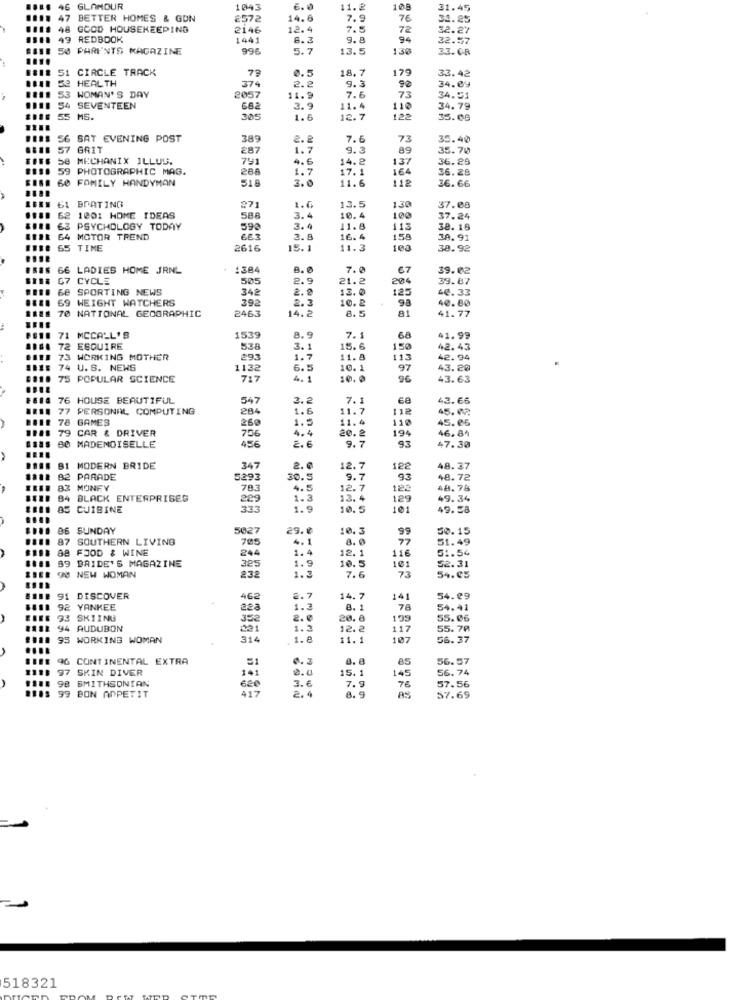
46
GLAMOUR
1043
6.0
11.2
108
31.45
47 BETTER HOMES & GON
£572
14.6
7.9
76
34.25
48 GOOD HOUSEKEEPING
2146
12.4
7.
72
32.27
49 REDBOOK
1441
6.3
9.8
94
32.57
50 PARENTS MAGAZINE
996
5.7
13.5
130
33. C.R
51 CIRCLE TRACK
79
18.7
179
33.42
53 HEALTH
374
0.5
34.09
53 WOMAN'S DAY
2057
2.2
9.3
90
11.9
7.6
73
34.51
54 SEVENTEEN
682
3.9
11.4
110
34.79
55 MS.
305
1.6
12.7
1.22
35.09
56 SAT EVENING POST
389
2.2
7.6
73
35.40
57 GRIT
287
1.
9.3
89
35.70
58
MECHANIX ILLUS.
791
14.2
137
36.25
59 PHOTOGRAPHIC MAG.
288
4.6
1.7
17.1
164
36.28
60 FOMILY HANDYMAN
518
3.0
11.6
112
36.66
61 BDATING
271
1.6
13.5
130
37.08
62 1001 HOME IDEAS
3.
10. 4
100
37.24
63 PSYCHOLOGY TODAY
590
3.4
11.8
113
38. 15
64 MOTOR TREND
663
3. 8
16.4
158
38.91
65 TIME
2616
15.1
11.3
38.92
66 LADIES HOME JRNL
:304
8.0
7.0
67
39.02
67 CYCLE
505
2.9
21.2
204
39.87
68 SPORTING NEWS
342
2.0
13.0
125
40.33
69 WEIGHT WATCHERS
392
10. 2
ga
40.80
70 NATIONAL GEOGRAPHIC
14.2
41.77
2463
71 MCCALL'S
1539
B.
7.
68
41.99
72 ESQUIRE
538
3.1
15.6
150
42.43
73 WORKING MOTHER
293
1.7
11.8
113
42.94
74 U.S. NEWS
1132
6.5
10. 1
97
43.20
75 POPULAR SCIENCE
717
4.1
10.0
96
43.63
76 HOUSE BEAUTIFUL
547
2.
7.
43.66
77 PERSONAL COMPUTING
284
1.6
11.7
118
45.02
78 GAMES
1.5
11.4
110
45.06
79 CAR & DRIVER
260
194
46. 84
80 MADEMOISELLE
756
456
4.4
20.º
93
2.6
9.7
47.30
B1 MODERN BRIDE
347
2.0
12.7
122
48.37
82 PARADE
5293
30.5
9.7
93
48.72
83 MONFY
783
4.
12.7
122
48.78
84 BLACK ENTERPRISES
229
1.3
13. 4
129
49.34
85 CUIBINE
333
1.9
10.5
101
49.58
96 SUNDAY
5027
29.0
10.3
99
50.15
87 SOUTHERN LIVING
795
4.
8.0
77
51.49
88 FOOD & WINE
244
116
51.54
99 BRIDE'S MAGAZINE
325
1.4
12.1
10.5
101
52.31
70 NEW WOMAN
1.9
232
1.3
7.6
73
54.05
91 DISCOVER
462
2.7
14.7
141
54.99
92 YANKEE
1.3
8.
78
54.41
93 SKIING
352
2.€
20.8
55.06
94 AUDUBON
221
1.
12.2
117
55.70
35 WORKING WOMAN
314
1.
11.1
107
56.37
CONTINENTAL EXTRA
0.3
85
56.57
SKIN DIVER
141
0.0
15.1
145
56.74
98 SMITHSONIAN
3.6
7. 9
76
417
620
2,4
57.56
99 BON APPETIT
8.9
AS
57.69
518321